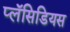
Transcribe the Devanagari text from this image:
प्लॅसिडियस